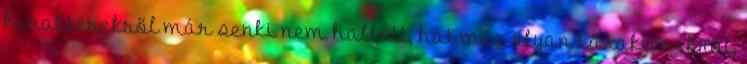
karakterekről már senki nem hallott, hát még olyan karakterekről,